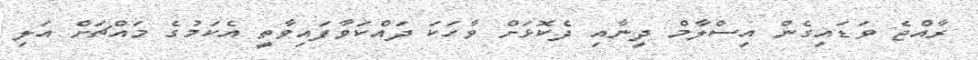
ރާއްޖެ ވަޑައިގެން އިސްލާމް ދީނާއި ދެކޮޅަށް ވާހަކަ ދައްކަވާފައިވާތީ އެކަމުގެ މައްޗަށް އަލި